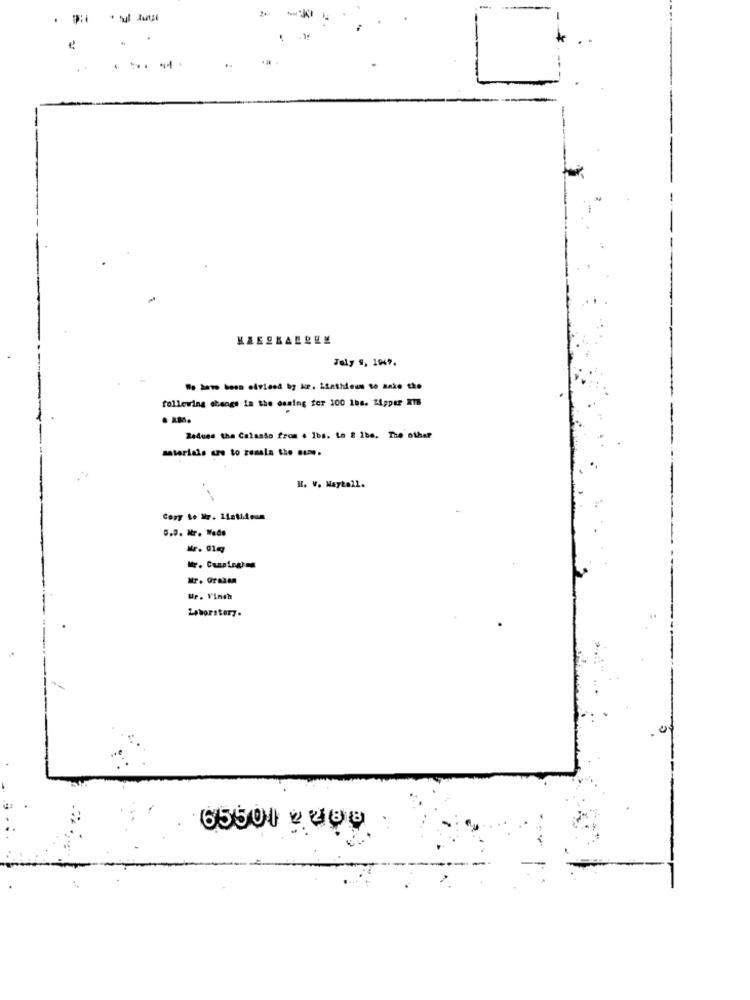
.
. .
... ..
Taly 9, 1947.
- how boss elviced by kr. Linthicum to Make the
following ebengs In the dsaing for 100 1bs. ZApper ITB
Reduce the Calasso from 4 lbs. to 2 1be. The other
materials are to resala the sume.
H. V. Naytall.
Copy to Nr. 11stileum
UP. Vinch
Laborstery.
65500 2 480